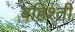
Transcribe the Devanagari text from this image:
बहिश्ती